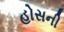
હોસની